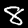
Digit: 8